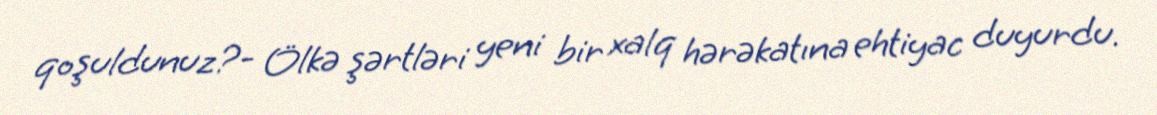
qoşuldunuz?- Ölkə şərtləri yeni bir xalq hərəkatına ehtiyac duyurdu.